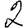
Digit: 2